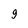
Character: 9